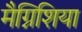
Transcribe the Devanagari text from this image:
मैग्निशिया